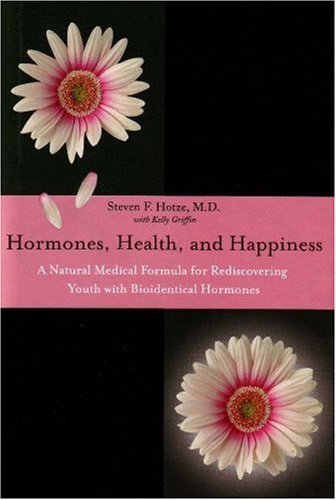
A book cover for Hormones, Health, and Happiness: A Natural Medical Formula for Rediscovering Youth; Steven F. Hotze; Health, Fitness & Dieting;